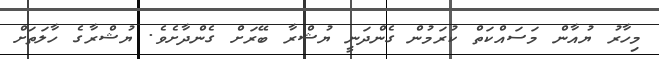
މިހާރު ޔުއާން މަސައްކަތް ކުރަމުން ގެންދަނީ ޔުޝްރާ ބޭރަށް ގެންދާށެވެ. ޔުޝްރާގެ ހާލަތަށް